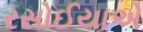
રસોઈયાએ